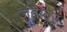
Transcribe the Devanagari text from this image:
जहावर